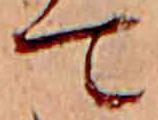
て